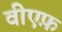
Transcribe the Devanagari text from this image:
वीएफ़